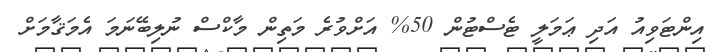
އިންޓަވިއު އަދި ޢަމަލީ ޓެސްޓުން 50% އަށްވުރެ މަތިން މާކްސް ނުލިބޭނަމަ އެމަޤާމަށް